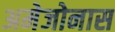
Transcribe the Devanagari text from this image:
अमेजोनास